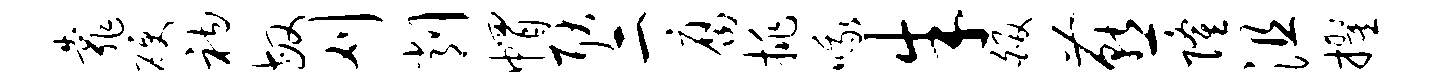
靠硬衲敏刈削帽耿二腐挑哦朱皈燕隆沮擢